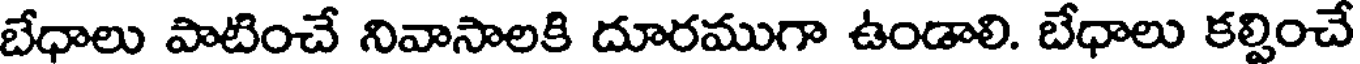
బేధాలు పాటించే నివాసాలకి దూరముగా ఉండాలి. బేధాలు కల్పించే